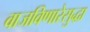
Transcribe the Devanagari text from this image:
वाजविणारेसुद्धा